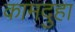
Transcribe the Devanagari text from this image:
कामदुहा